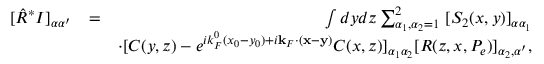
\begin{array} { r l r } { [ \hat { R } ^ { * } I ] _ { \alpha \alpha ^ { \prime } } } & { = } & { \int d y d z \sum _ { \alpha _ { 1 } , \alpha _ { 2 } = 1 } ^ { 2 } \ [ S _ { 2 } ( x , y ) ] _ { \alpha \alpha _ { 1 } } } \\ & { } & { \cdot [ C ( y , z ) - e ^ { i k _ { F } ^ { 0 } ( x _ { 0 } - y _ { 0 } ) + i { \bf k } _ { F } \cdot ( { \bf x } - { \bf y } ) } C ( x , z ) ] _ { \alpha _ { 1 } \alpha _ { 2 } } [ R ( z , x , P _ { e } ) ] _ { \alpha _ { 2 } , \alpha ^ { \prime } } , } \end{array}